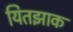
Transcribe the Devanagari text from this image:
यितझाक